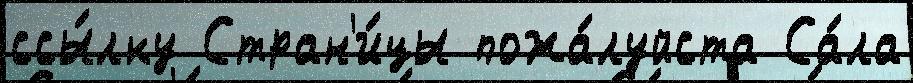
ссы́лку Стран'и́цы пожа́луйста Са́ла